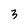
Character: 3